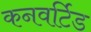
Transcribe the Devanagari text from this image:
कनवर्टिड